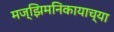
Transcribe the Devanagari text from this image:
मज्झिमनिकायाच्या